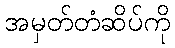
အမှတ်တံဆိပ်ကို